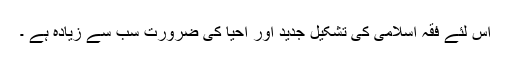
اس لئے فقہ اسلامی کی تشکیل جدید اور احیا کی ضرورت سب سے زیادہ ہے ۔